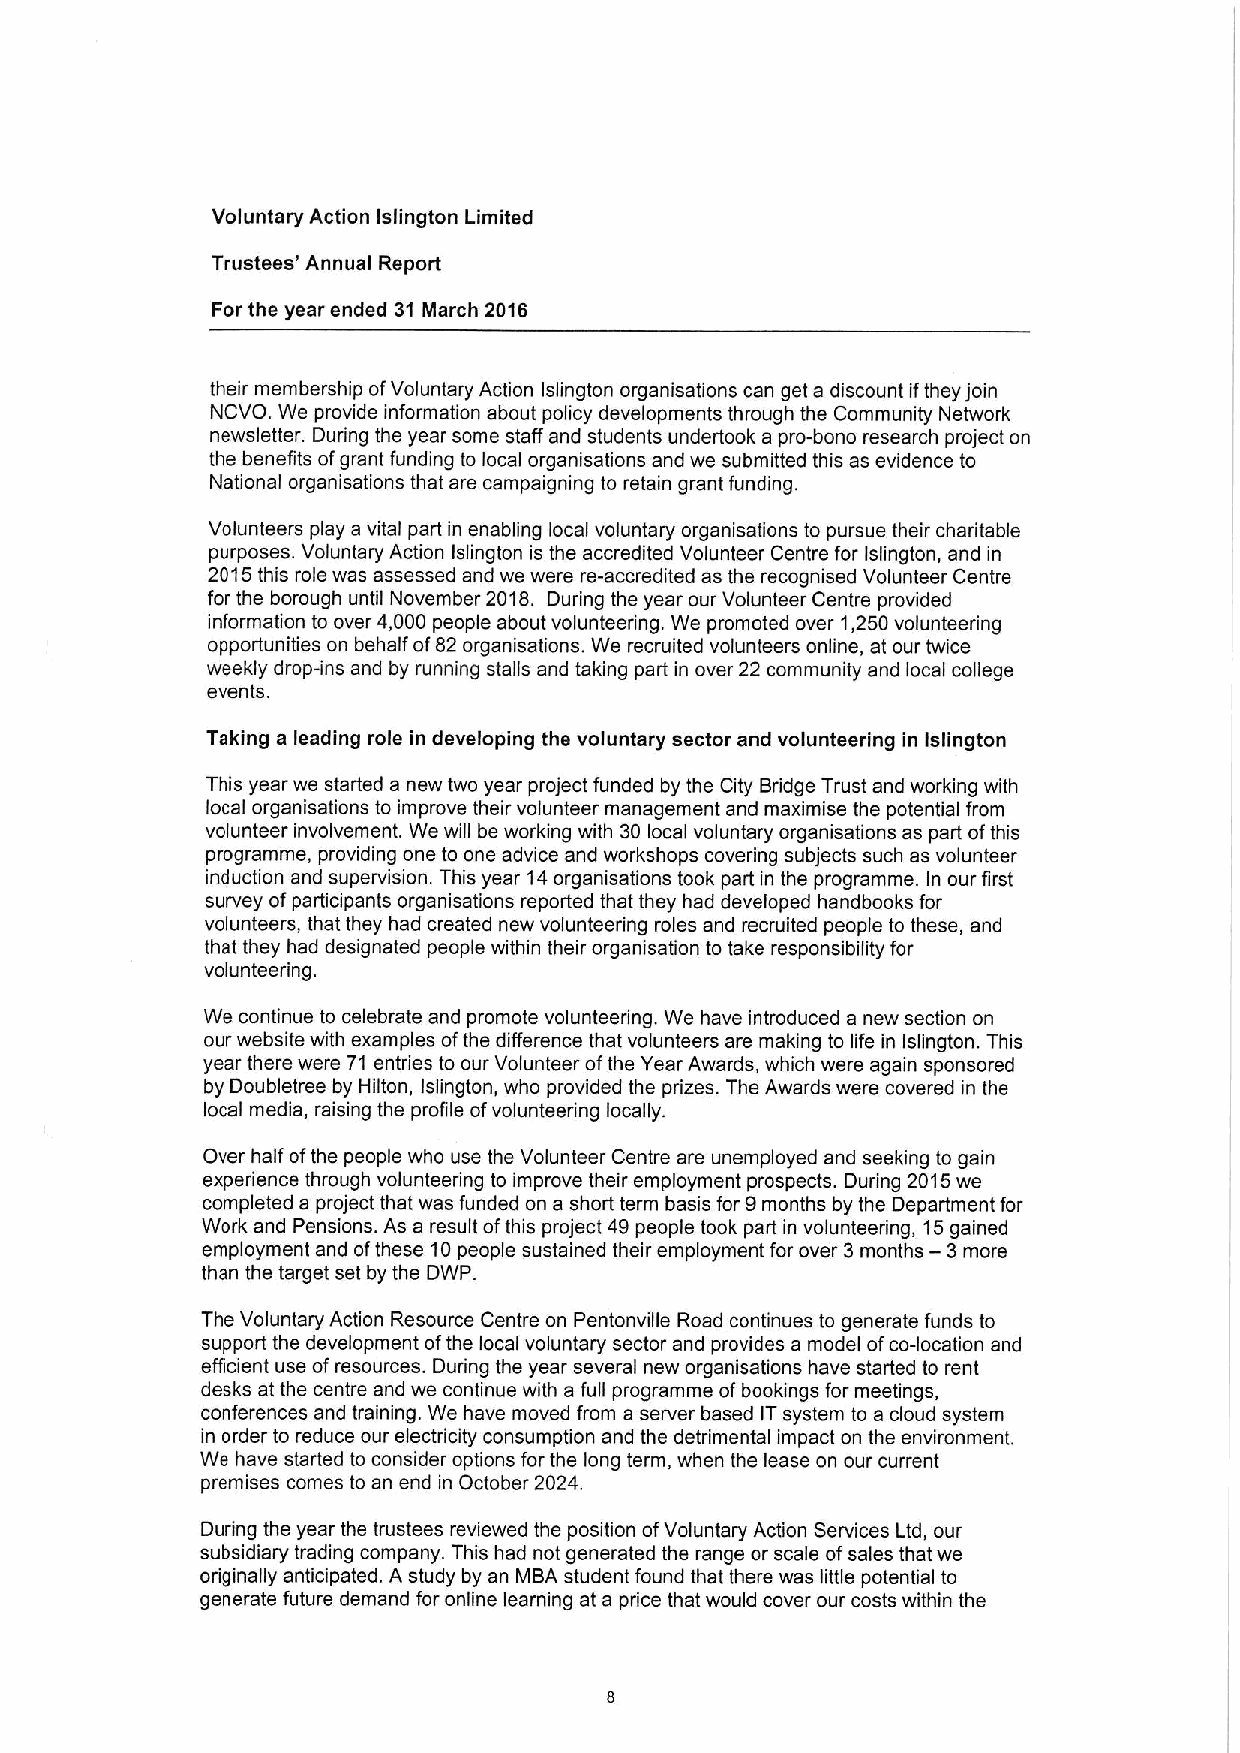
Voluntary Action Islington Limited
 Trustees' Annual Report
 For the year ended 31 March 2016
 their membership ofVoluntary Action Islington organisations can get a discount ifthey join
 NCVO. We provide information about policy developments through the Community Network
 newsletter. During the year some staff and students undertook a pro-bono research project on
 the benefits ofgrant funding to local organisations and we submitted this as evidence to
 National organisations that are campaigning to retain grant funding.
 Volunteers play a vital part in enabling local voluntary organisations to pursue their charitable
 purposes. Voluntary Action Islington is the accredited Volunteer Centre for Islington, and in
 2015this role was assessed and we were re-accredited as the recognised Volunteer Centre
 for the borough until November 2018. During the year our Volunteer Centre provided
 information to over 4,000 people about volunteering. We promoted over 1,250volunteering
 opportunities on behalf of82 organisations. We recruited volunteers online, at our twice
 weekly drop-ins and by running stalls and taking part in over 22 community and local college
 events.
 Taking a leading role in developing the voluntary sector and volunteering in Islington
 This year we started a new two year project funded by the City Bridge Trust and working with
 local organisations to improve their volunteer management and maximise the potential from
 volunteer involvement. We will be working with 30 local voluntary organisations as part ofthis
 programme, providing one to one advice and workshops covering subjects such as volunteer
 induction and supervision. This year 14organisations took part in the programme. In our first
 survey ofparticipants organisations reported that they had developed handbooks for
 volunteers, that they had created new volunteering roles and recruited people to these, and
 that they had designated people within their organisation to take responsibility for
 volunteering.
 We continue to celebrate and promote volunteering. We have introduced a new section on
 our website with examples ofthe difference that volunteers are making to life in Islington. This
 year there were 71 entries to our Volunteer ofthe Year Awards, which were again sponsored
 by Doubletree by Hilton, Islington, who provided the prizes. The Awards were covered in the
 local media, raising the profile ofvolunteering locally.
 Over half ofthe people who use the Volunteer Centre are unemployed and seeking to gain
 experience through volunteering to improve their employment prospects. During 2015we
 completed a project that was funded on a short term basis for 9months by the Department for
 Work and Pensions. As a result ofthis project 49people took part in volunteering, 15gained
 employment and ofthese 10people sustained their employment for over 3months —3more
 than the target set by the DWP.
 The Voluntary Action Resource Centre on Pentonville Road continues to generate funds to
 support the development ofthe local voluntary sector and provides a model ofco-location and
 efficient use ofresources. During the year several new organisations have started to rent
 desks at the centre and we continue with a full programme ofbookings for meetings,
 conferences and training. We have moved from a server based ITsystem to a cloud system
 in order to reduce our electricity consumption and the detrimental impact on the environment.
 We have started to consider options for the long term, when the lease on our current
 premises comes to an end in October 2024.
 During the year the trustees reviewed the position ofVoluntary Action Services Ltd, our
 subsidiary trading company. This had not generated the range or scale ofsales that we
 originally anticipated. A study by an MBA student found that there was little potential to
 generate future demand for online learning at a price that would cover our costs within the